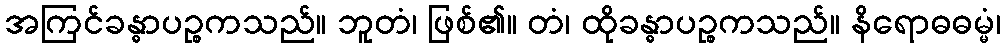
အကြင်ခန္ဓာပဉ္စကသည်။ ဘူတံ၊ ဖြစ်၏။ တံ၊ ထိုခန္ဓာပဉ္စကသည်။ နိရောဓဓမ္မံ၊